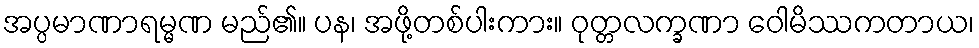
အပ္ပမာဏာရမ္မဏ မည်၏။ ပန၊ အဖို့တစ်ပါးကား။ ဝုတ္တလက္ခဏာ ဝေါမိဿကတာယ၊